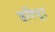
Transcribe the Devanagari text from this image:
हरिपूर